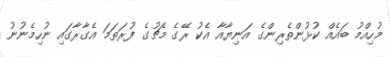
މުހިއްމު ބައެއް ކުޅުންތެރިންގެ އަނިޔާއާ އެކު ރޭގެ މެޗުގެ ފުރަތަމަ އެގާރާގައި ނުހިމެނުނު